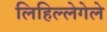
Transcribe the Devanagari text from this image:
लिहिल्लेगेले